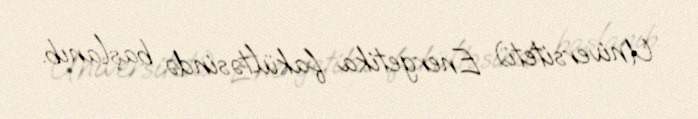
Universiteti) Energetika fakültəsində başlanıb.